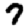
Digit: 7